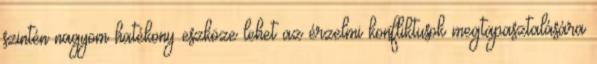
szintén nagyom hatékony eszköze lehet az érzelmi konfliktusok megtapasztalására